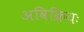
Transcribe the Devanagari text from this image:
अविक्रियः